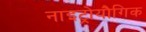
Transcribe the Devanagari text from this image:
नाइट्रोयौगिक